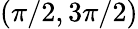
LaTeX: (\pi/2,3\pi/2)